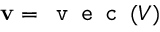
\mathbf { v } = \texttt { v e c } ( V )